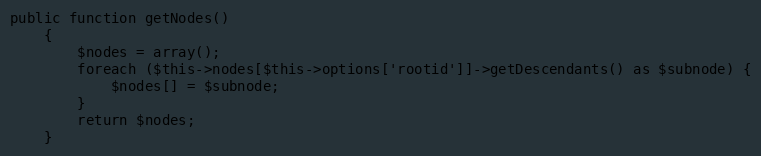
Language: PHP
public function getNodes()
    {
        $nodes = array();
        foreach ($this->nodes[$this->options['rootid']]->getDescendants() as $subnode) {
            $nodes[] = $subnode;
        }
        return $nodes;
    }